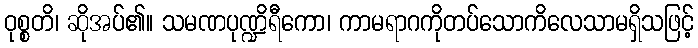
ဝုစ္စတိ၊ ဆိုအပ်၏။ သမဏပုဏ္ဍိရီကော၊ ကာမရာဂကိုတပ်သောကိလေသာမရှိသဖြင့်